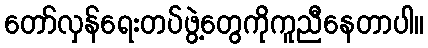
တော်လှန်ရေးတပ်ဖွဲ့တွေကိုကူညီနေတာပါ။